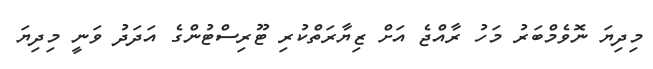
މިދިޔަ ނޮވެމްބަރު މަހު ރާއްޖެ އަށް ޒިޔާރަތްކުރި ޓޫރިސްޓުންގެ އަދަދު ވަނީ މިދިޔަ